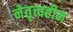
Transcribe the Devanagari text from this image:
नेतृत्त्वहीन